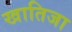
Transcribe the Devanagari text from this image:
खातिजा